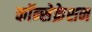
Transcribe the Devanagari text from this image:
कॉन्सेक्रेशन